Annual report of the Bengal Veterinary College and of the Civil Veterinary Department, Bengal, for the year 1911-1912 - 1911-1912
Year: 1911
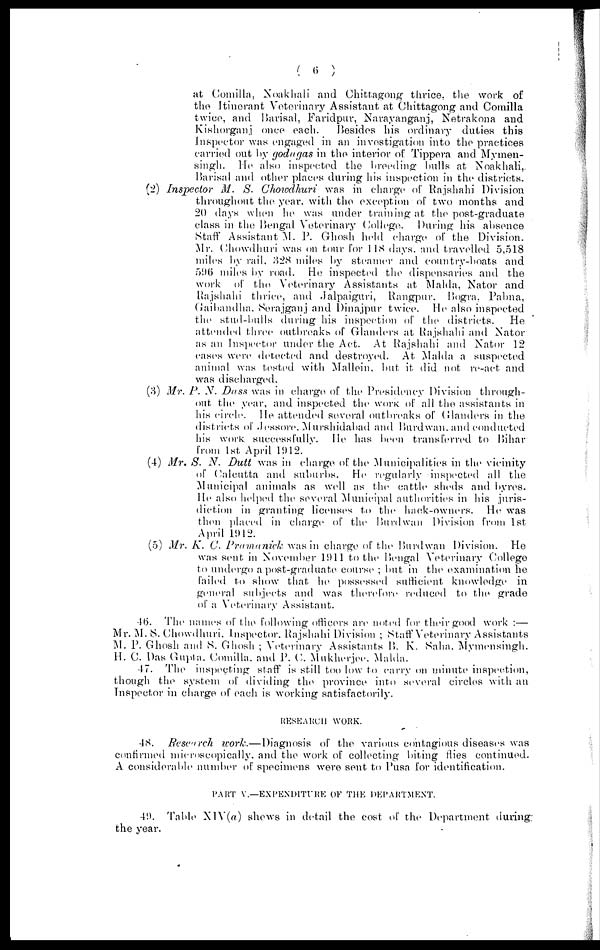
( 6 )
at Comilla, Noakhali and Chittagong thrice, the work of
the Itinerant Veterinary Assistant at Chittagong and Comilla
twice, and Barisal, Faridpur, Narayanganj, Netrakona and
Kishorganj once each.
Besides his ordinary duties this
Inspector was engaged in an investigation into the practices
carried out by godagas in the interior of Tippera and Mymen-
singh. He also inspected the breeding hulls at Noakhali,
Barisal and other places during his inspection in the districts.
(2) Inspector M. S. Choivdhuri was in charge of Rajshahi Division
throughout the year, with the exception of two months and
20 days when he was under training at the post-graduate
class in the Bengal Veterinary College. During his absence
Staff Assistant M. P. Ghosh hold charge of the Division.
Mr. Chowdhuri was on tour for 118 days, and travelled 5,518
miles by rail, 328 miles by steamer and country-boats and
596 miles by road. He inspected the dispensaries and the
work of the Veterinary Assistants at Malda, Nator and
Rajshahi thrice, and Jalpaiguri, Bangpur, Bogra, Pabna,
Gaibandha, Serajganj and Dinajpur twice. He also inspected
the stud-bulls during his inspection of the districts.
He
attended three outbreaks of Glanders at Rajshahi and Nator
as an Inspector under the Act. At Rajshahi and Nator 12
cases were detected and destroyed. At Malda a suspected
animal was tested with Mallein, but it did not re-act and
was discharged.
(3) Mr. P. N. Dass was in charge of the Presidency Division through-
out the year, and inspected the work of all the assistants in
his circle. He attended several outbreaks of Glanders in the
districts of Jessore, Murshidabad and Burdwan. and conducted
his work successfully. He has been transferred to Bihar
from 1st April 1912.
(4) Mr. S. N. Dutt was in charge of the Municipalities in the vicinity
of Calcutta and suburbs. He regularly inspected all the
Municipal animals as well as the cattle sheds and byres.
He also helped the several Municipal authorities in his juris-
diction in granting licenses to the hack-owners. He was
then placed in charge of the Burdwan Division from 1st
April 1912.
(5) Mr. K. C. Pramanick was in charge of the Burdwan Division. He
was sent in November 1911 to the Bengal Veterinary College
to undergo a post-graduate course ; but in the examination he
failed to show that he possessed sufficient knowledge in
general subjects and was therefore reduced to the grade
of a Veterinary Assistant.
46. The names of the following officers are noted for their good work :—
Mr. M. S. Chowdhuri. Inspector. Rajshahi Division ; Staff Veterinary Assistants
M. P. Ghosh and S. Ghosh ; Veterinary Assistants B. K. Saha. Mymensingh.
H. C. Das Gupta. Comilla, and P. C. Mukherjee. Malda.
47. The inspecting staff is still too low to carry on minute inspection,
though the system of dividing the province into several circles with an
Inspector in charge of each is working satisfactorily.
RESEARCH WORK.
48. Rescarch work.—Diagnosis
of the various contagious diseases was
confirmed microscopically, and the work of collecting biting flies continued.
A considerable number of specimens were sent to Pusa for identification.
PART V.—EXPENDITURE OF THE DEPARTMENT.
40. Table XlV(a) shews in detail the cost of the Department during
the year.